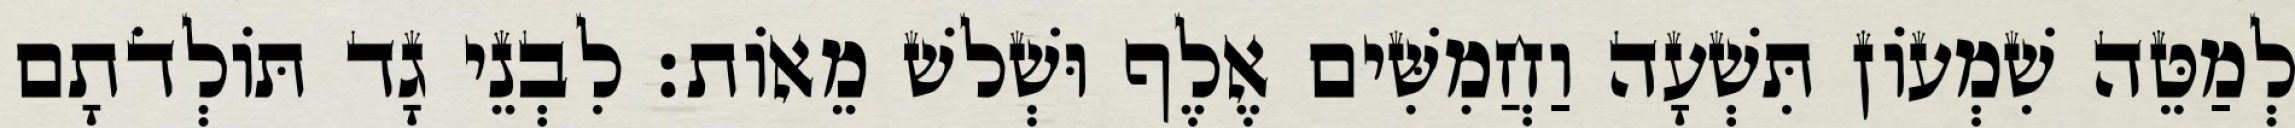
לְמַטֵּה שִׁמְעוֹן תִּשְׁעָה וַחֲמִשִּׁים אֶלֶף וּשְׁלשׁ מֵאוֹת׃ לִבְנֵי גָד תּוֹלְדֹתָם